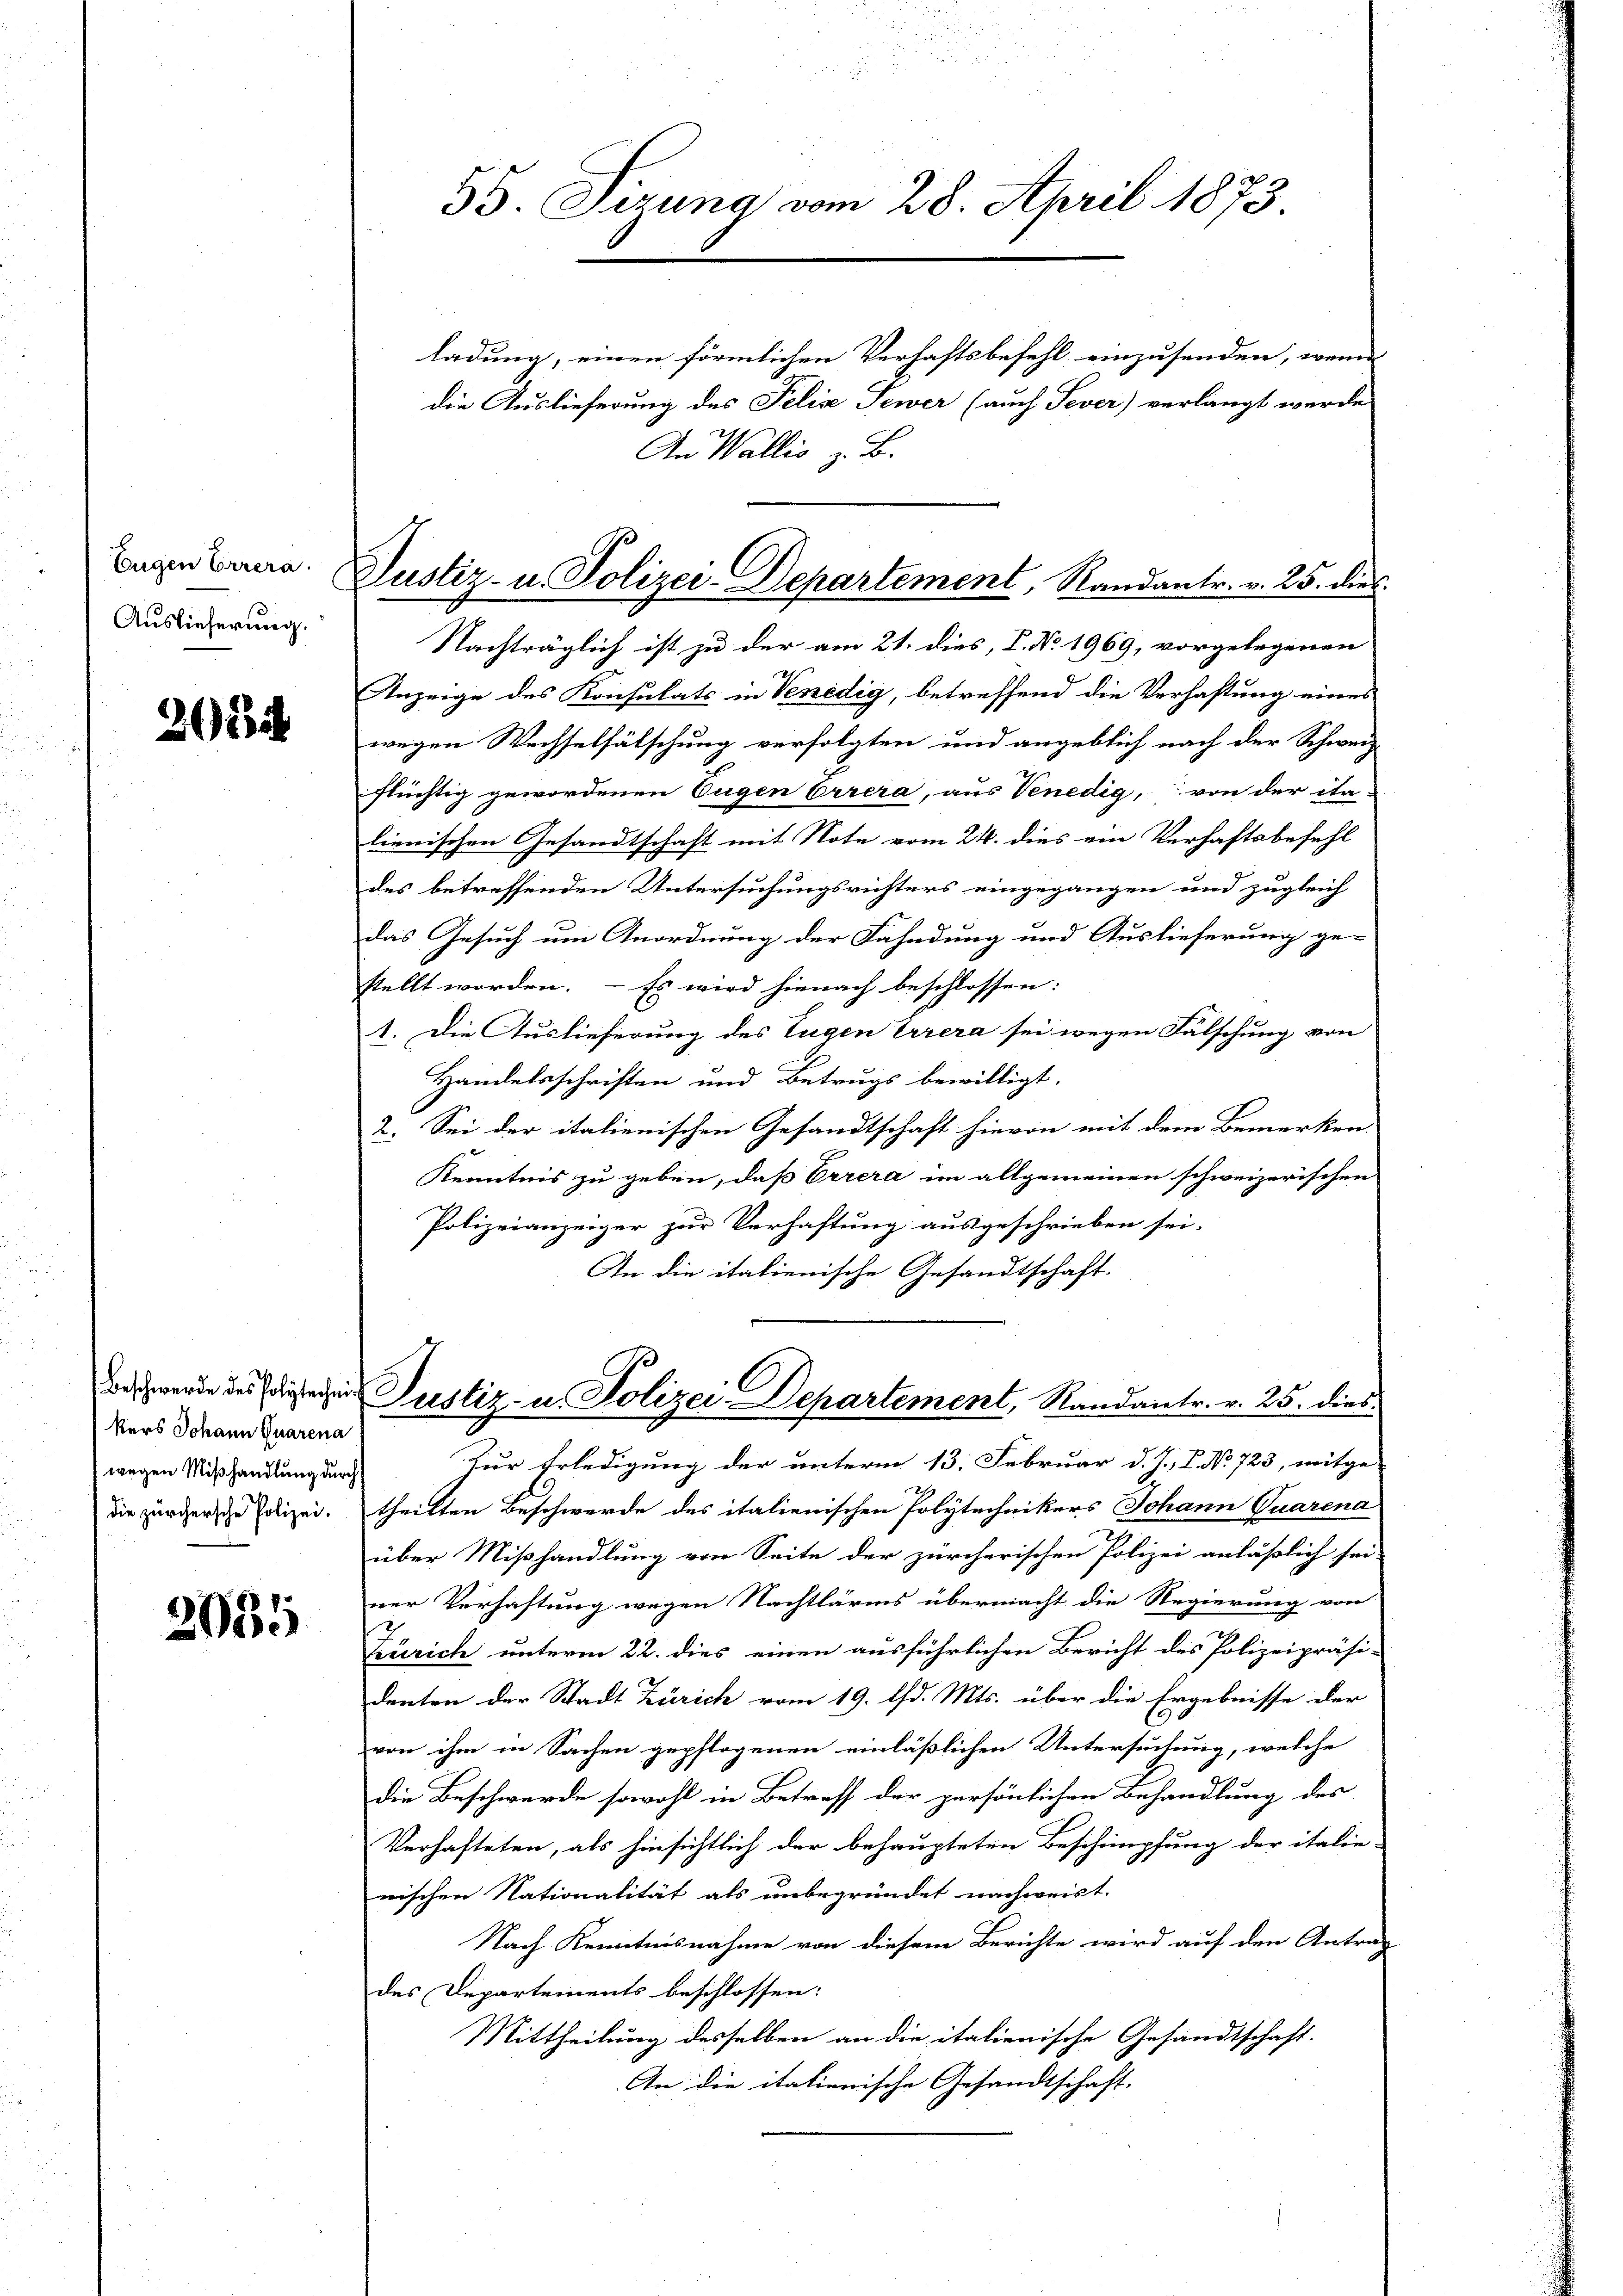
Eugen Carera.
Auslieferung.

2035

kers Johann Quarena
wegen Mißhandlung durch
die zürchersche Polizei.

2035

35. Sizung vom 28. April 1873.

Justiz- u. Polizei-Departement, Randantr. v. 25. dies

ladung, einen förmlichen Verhaftsbefehl einzusenden, wenn
die Auslieferung des Felix Tewer (auch Sever) verlangt werde
An Wallis z. B.
Nachträglich ist zu der am 21. dies, I. No. 1969, vorgelegenen
Anzeige des Konsulats in Venedig, betreffend die Verhaftung eines
wegen Wechselfälschung verfolgten und angeblich nach der Schweiz
flüchtig gewordenen Eugen Errera, aus Venedig, von der ita-
lienischen Gesandtschaft mit Note vom 24. dies ein Verhaftsbefehl
des betreffenden Untersuchungsrichters eingegangen und zugleich
das Gesuch um Anordnung der Fahndung und Auslieferung ge-
stellt worden. – Es wird hienach beschlossen:
1. Die Auslieferung des Eugen Errera sei wegen Fälschung von
Handelsschriften und Betrugs bewilligt.
2. Sei der italienischen Gesandtschaft hievon mit dem Bemerken.
Kenntnis zu geben, daß Errera im allgemeinen schweizerischen
Polizeianzeiger zur Verhaftung ausgeschrieben sei.
An die italienische Gesandtschaft.

Beschwerde des gegen Justiz- u. Polizei Departement, Randantr. v. 25. dies

Zur Erledigung der unterm 13. Februar d. J. J. No 723, mitge-
theilten Beschwerde des italienischen Polytechnikers Johann Quarena
über Mißhandlung von Seite der zürcherischen Polizei anläßlich sei-
ner Verhaftung wegen Nachtlärms übermacht die Regierung von
Zürich unterm 22. dies einen ausführlichen Bericht des Polizeipräsi-
denten der Stadt Zürich vom 19. d. Mts. über die Ergebnisse der
von ihm in Sachen gepflogenen einläßlichen Untersuchung, welche
die Beschwerde sowohl in Betreff der persönlichen Behandlung des
Verhafteten, als hinsichtlich der behaupteten Beschimpfung der italie-
nischen Nationalität als unbegründet nachweist.
Nach Kenntnisnahme von diesem Berichte wird auf den Antrag
des Departements beschlossen:
Mittheilung desselben an die italienische Gesandtschaft.
An die italienische Gesandtschaft.